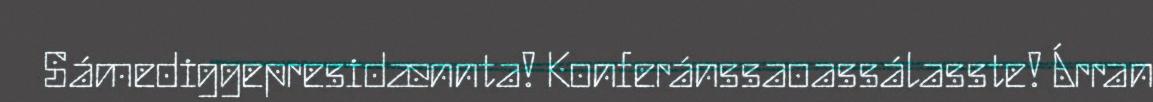
Sámediggepresidænnta! Konferánssaoassálasste! Árran